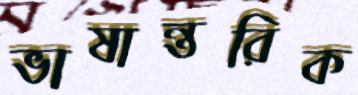
ভাষান্তরিক